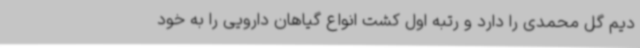
دیم گل محمدی را دارد و رتبه اول کشت انواع گیاهان دارویی را به خود